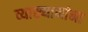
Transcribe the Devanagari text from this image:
व्याख्यानांना